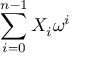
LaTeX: \sum _ { i = 0 } ^ { n - 1 } X _ { i } \omega ^ { i }